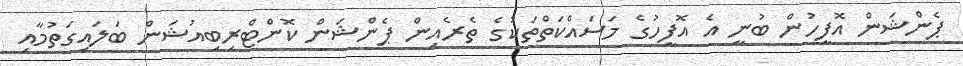
ޕެންޝަން އޮފީހުން ބުނީ އެ އޮފީހުގެ މަސައްކަތްތަކުގެ ތެރެއިން ޕެންޝަން ކޮންޓްރިބިއުޝަން ބަލައިގަތުމާއި